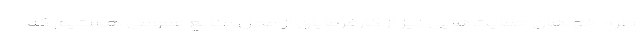
طرح خواهان حمایت‌هایی نیز از کارفرمایان از محل منابع عمومی هستیم که